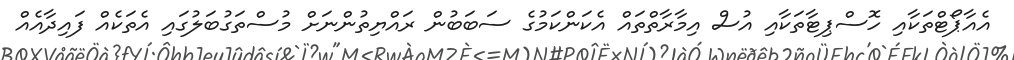
އެއާޕޯޓްތަކާއި ހޮސްޕިޓާތަކާއި އުސް އިމާރާތްތައް އެކަންކަމުގެ ސަބަބުން ރައްޔިތުންނަށް މުސްތަގުބަލުގައި އެތަކެއް ފައިދާއެއް